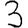
Digit: 3